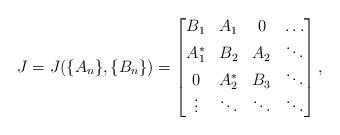
LaTeX: \begin{align*}J=J(\{A_n\}, \{B_n\})=\begin{bmatrix}B_1& A_1& 0& \ldots\\A^*_1& B_2& A_2& \ddots\\0& A^*_2&B_3& \ddots\\\vdots& \ddots&\ddots&\ddots\end{bmatrix},\end{align*}